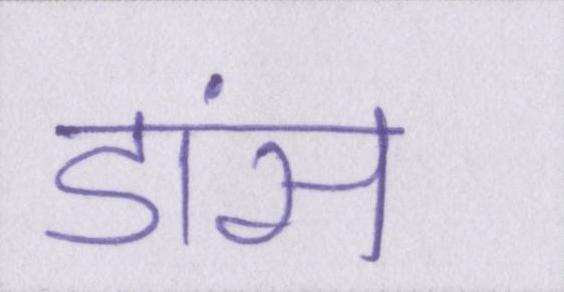
डांस